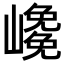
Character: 𡽡